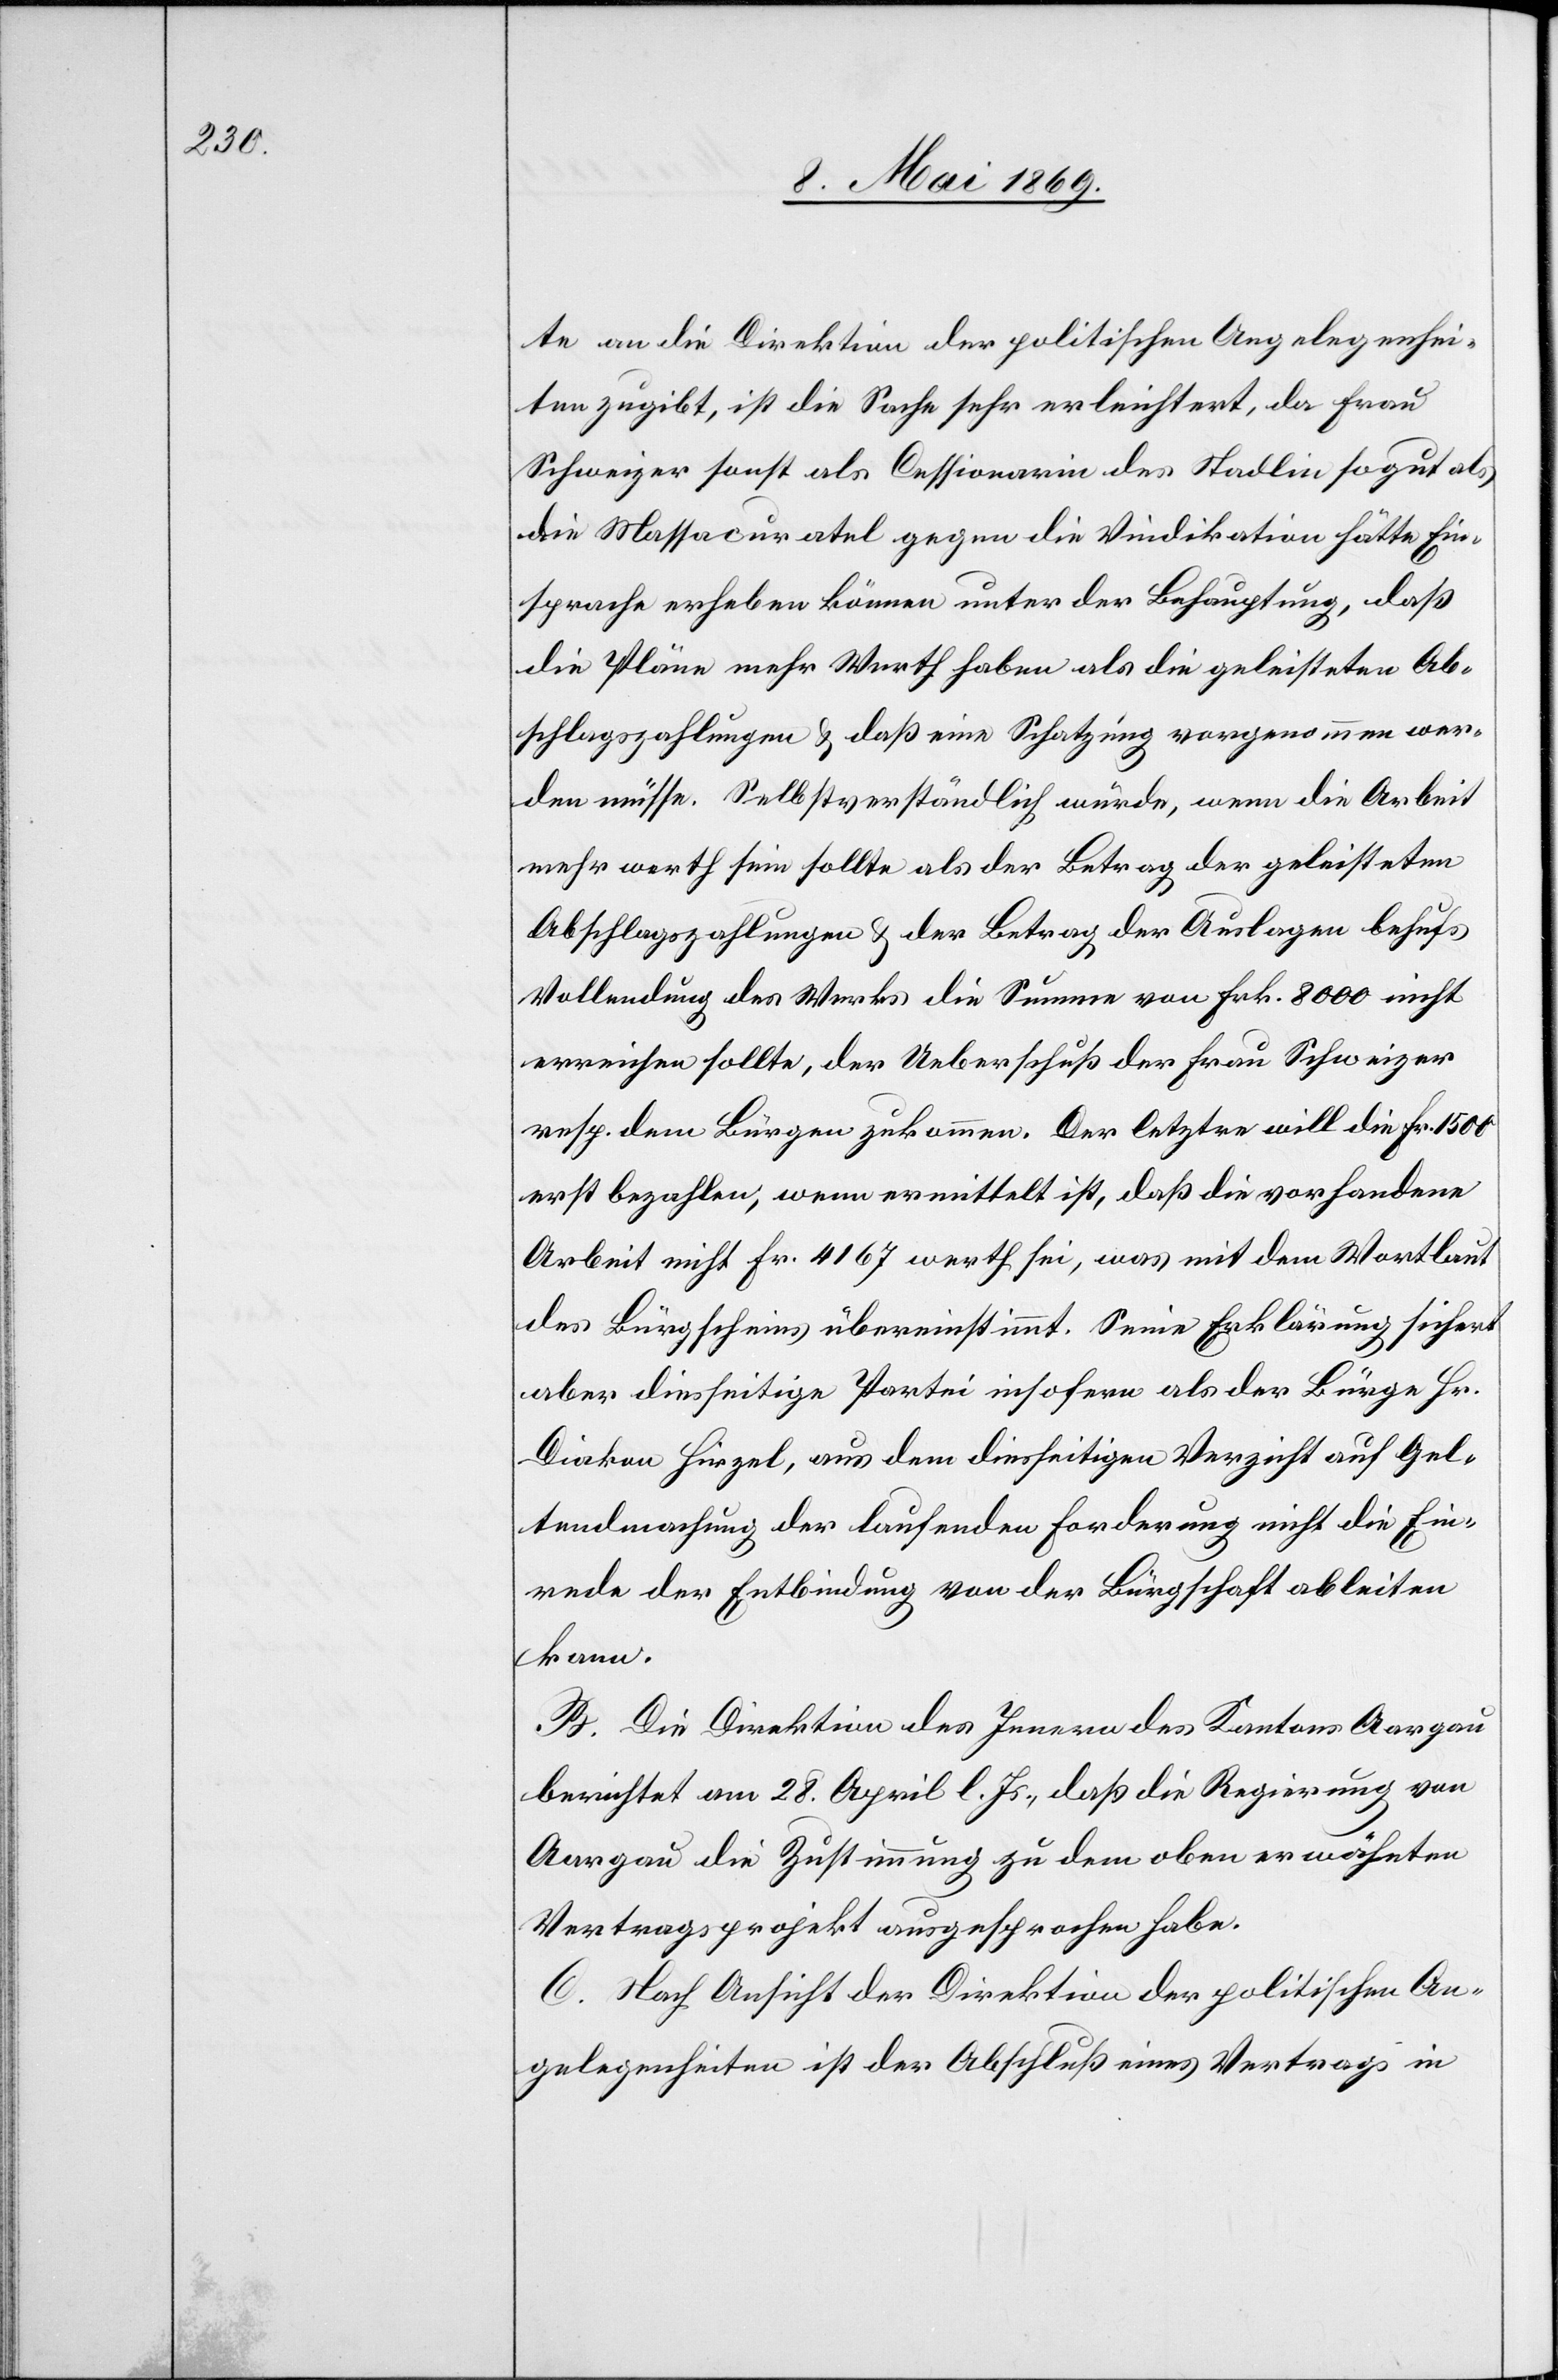
te an die Direktion der politischen Angelegenhei¬
ten zugibt, ist die Sache sehr erleichtert, da Frau
Schweizer sonst als Cessionarin des Stadlin so gut als
die Massacuratel gegen die Vindikation hätte Ein¬
sprache erheben können unter der Behauptung, daß
die Pläne mehr Werth haben als die geleisteten Ab¬
schlagszahlungen u. daß eine Schatzung vorgenommen wer¬
den müsse. Selbstverständlich würde, wenn die Arbeit
mehr werth sein sollte als der Betrag der geleisteten
Abschlagszahlungen u. der Betrag der Auslagen behufs
Vollendung des Werks die Summe von Frk. 8000 nicht
erreichen sollte, der Ueberschuß der Frau Schweizer
resp. dem Bürgen zukommen. Der letztere will die Fr. 1500
erst bezahlen, wenn ermittelt ist, daß die vorhandene
Arbeit nicht Fr. 4167 werth sei, was mit dem Wortlaut
des Bürgscheins übereinstimmt. Seine Erklärung sichert
aber diesseitige Partei insofern als der Bürge Hr.
Diakon Hirzel, aus dem diesseitigen Verzicht auf Gel¬
tendmachung der laufenden Forderung nicht die Ein¬
rede der Entbindung von der Bürgschaft ableiten
kann.
B. Die Direktion des Innern des Kantons Aargau
berichtet am 28. April l. Js., daß die Regierung von
Aargau die Zustimmung zu dem oben erwähnten
Vertragsprojekt ausgesprochen habe.
C. Nach Ansicht der Direktion der politischen An¬
gelegenheiten ist der Abschluß eines Vertrages in